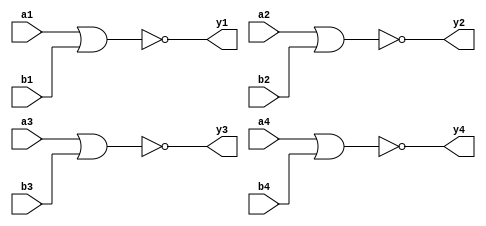
`timescale 1ns / 1ps
/////////////////////////////////////////////////////////////////
// Module Name: four_2_input_nor_gate
// Description: Four 2-input NOR gate with DELAY configuration parameter
// Parameters: DELAY
/////////////////////////////////////////////////////////////////

module four_2_input_nor_gate #(parameter DELAY = 10)(
    input wire a1,b1,a2,b2,a3,b3,a4,b4,
    output wire y1,y2,y3,y4
    );
    
    nor #DELAY (y1,a1,b1);
    nor #DELAY (y2,a2,b2);
    nor #DELAY (y3,a3,b3);
    nor #DELAY (y4,a4,b4);
    
endmodule